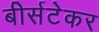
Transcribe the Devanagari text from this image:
बीर्सटेकर